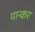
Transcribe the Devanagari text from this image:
मान्कर